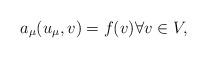
LaTeX: \begin{align*}a_\mu(u_\mu, v) = f(v) \forall v \in V,\end{align*}